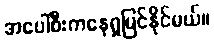
အပေါ်စီးကနေရှုမြင်နိုင်မယ်။